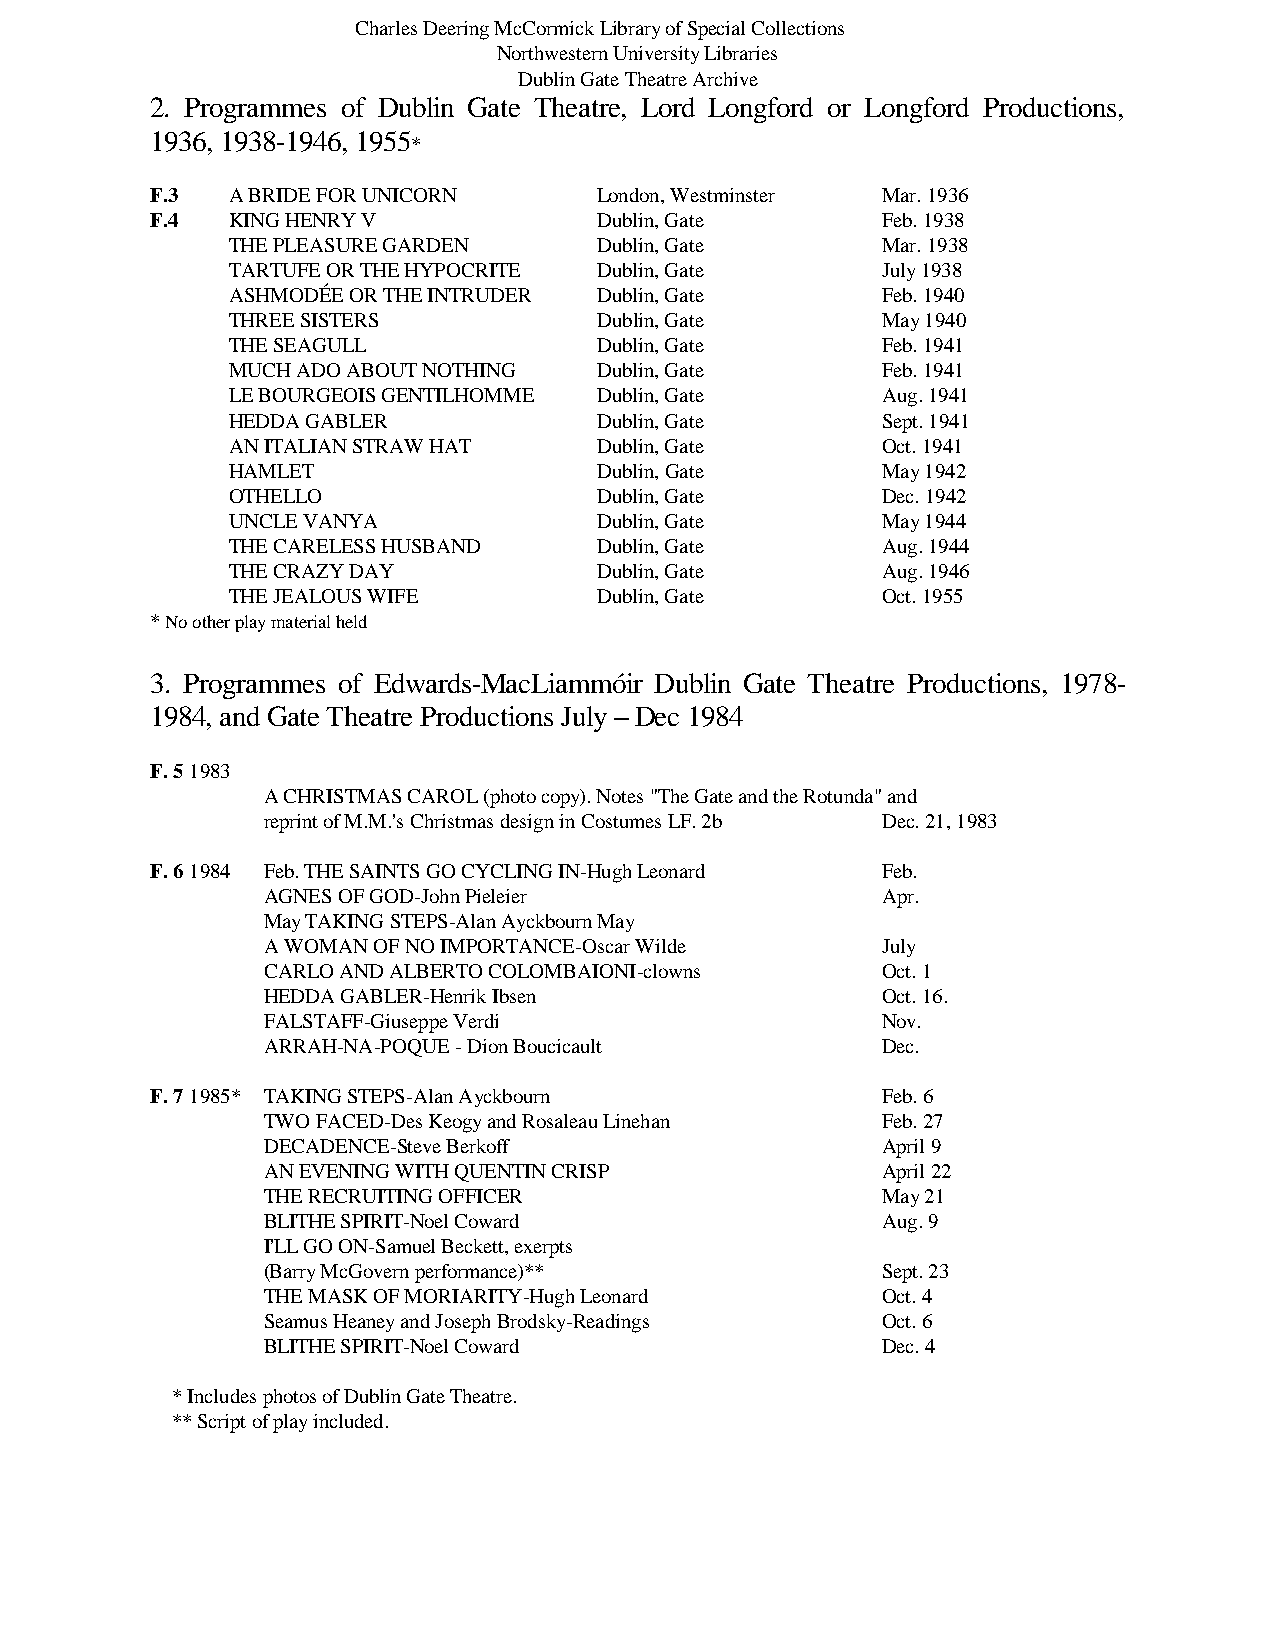
Charles Deering McCormick Library of Special Collections
 Northwestern University Libraries
 Dublin Gate Theatre Archive
 2. Programmes of Dublin Gate Theatre, Lord Longford or Longford Productions,
 1936, 1938-1946, 1955
 *
 F.3  A BRIDE FOR UNICORN      London, Westminster Mar. 1936
 F.4  KING HENRY V             Dublin, Gate      Feb. 1938
 THE PLEASURE GARDEN      Dublin, Gate      Mar. 1938
 TARTUFE OR THE HYPOCRITE Dublin, Gate      July 1938
 ASHMODÉE OR THE INTRUDER Dublin, Gate      Feb. 1940
 THREE SISTERS            Dublin, Gate      May 1940
 THE SEAGULL              Dublin, Gate      Feb. 1941
 MUCH ADO ABOUT NOTHING   Dublin, Gate      Feb. 1941
 LE BOURGEOIS GENTILHOMME Dublin, Gate      Aug. 1941
 HEDDA GABLER             Dublin, Gate      Sept. 1941
 AN ITALIAN STRAW HAT     Dublin, Gate      Oct. 1941
 HAMLET                   Dublin, Gate      May 1942
 OTHELLO                  Dublin, Gate      Dec. 1942
 UNCLE VANYA              Dublin, Gate      May 1944
 THE CARELESS HUSBAND     Dublin, Gate      Aug. 1944
 THE CRAZY DAY            Dublin, Gate      Aug. 1946
 THE JEALOUS WIFE         Dublin, Gate      Oct. 1955
 * No other play material held
 3. Programmes of Edwards-MacLiammóir Dublin Gate Theatre Productions, 1978-
 1984, and Gate Theatre Productions July – Dec 1984
 F. 5 1983
 A CHRISTMAS CAROL (photo copy). Notes "The Gate and the Rotunda" and
 reprint of M.M.'s Christmas design in Costumes LF. 2b Dec. 21, 1983
 F. 6 1984 Feb. THE SAINTS GO CYCLING IN-Hugh Leonard Feb.
 AGNES OF GOD-John Pieleier               Apr.
 May TAKING STEPS-Alan Ayckbourn May
 A WOMAN OF NO IMPORTANCE-Oscar Wilde     July
 CARLO AND ALBERTO COLOMBAIONI-clowns     Oct. 1
 HEDDA GABLER-Henrik Ibsen                Oct. 16.
 FALSTAFF-Giuseppe Verdi                  Nov.
 ARRAH-NA-POQUE - Dion Boucicault         Dec.
 F. 7 1985* TAKING STEPS-Alan Ayckbourn          Feb. 6
 TWO FACED-Des Keogy and Rosaleau Linehan Feb. 27
 DECADENCE-Steve Berkoff                  April 9
 AN EVENING WITH QUENTIN CRISP            April 22
 THE RECRUITING OFFICER                   May 21
 BLITHE SPIRIT-Noel Coward                Aug. 9
 I'LL GO ON-Samuel Beckett, exerpts
 (Barry McGovern performance)**           Sept. 23
 THE MASK OF MORIARITY-Hugh Leonard       Oct. 4
 Seamus Heaney and Joseph Brodsky-Readings Oct. 6
 BLITHE SPIRIT-Noel Coward                Dec. 4
 * Includes photos of Dublin Gate Theatre.
 ** Script of play included.